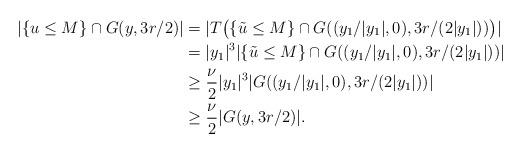
LaTeX: \begin{align*}|\{u\leq M\}\cap G(y,3r/2)|&=|T\bigl(\{\tilde{u}\leq M\}\cap G((y_1/|y_1|,0),3r/(2|y_1|))\bigr)|\\&=|y_1|^3|\{\tilde{u}\leq M\}\cap G((y_1/|y_1|,0),3r/(2|y_1|))|\\&\geq \frac{\nu}{2} |y_1|^3|G((y_1/|y_1|,0),3r/(2|y_1|))|\\&\geq \frac{\nu}{2}|G(y,3r/2)|.\end{align*}